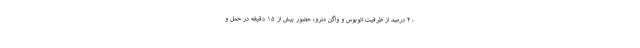
۴۰ درصد از ظرفیت اتوبوس و واگن مترو، حضور بیش از ۱۵ دقیقه در حمل و